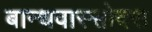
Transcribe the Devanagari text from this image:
बान्धवास्सोदरा